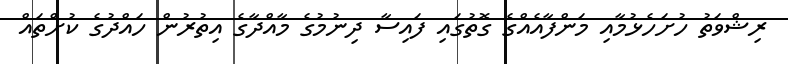
ރިޝްވަތު ހުށަހެޅުމާއި މަންފާއެއްގެ ގޮތުގައި ފައިސާ ދިނުމުގެ މާއްދާގެ އިތުރުން ހައްދުގެ ކުށްތައް